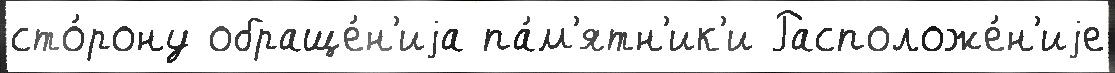
сто́рону обраще́н'иjа па́м'ятн'ик'и Расположе́н'иjе